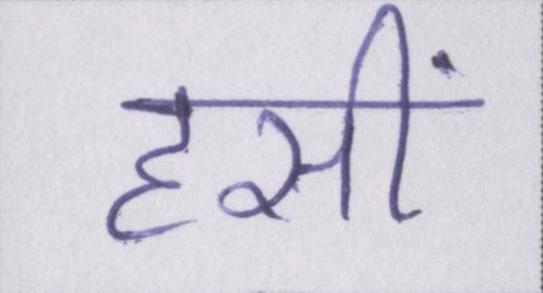
हसीं